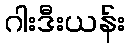
ဂါးဒီးယန်း